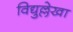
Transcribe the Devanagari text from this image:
विद्युल्लेखा